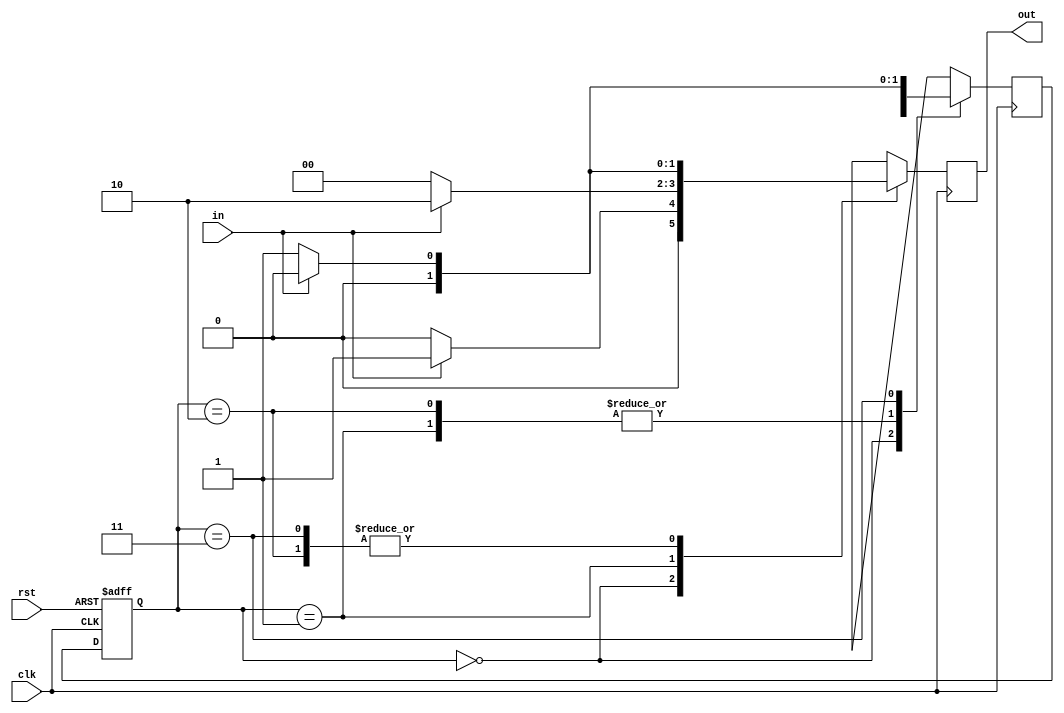
module fsm(
    input in,
    input clk,
    input rst,
    output reg [1:0]out
);

parameter S0 = 0;
parameter S1 = 1;
parameter S2 = 2;
parameter S3 = 3;

reg [1:0] q, q_next;

always@(posedge clk) begin
    case(q)
    S0:
    begin
        if(in)
        begin
            out = 1;
            q_next = S1;
        end
        else
        begin
            out = 0;
            q_next = S0;
        end
    end
    S1:
    begin
        if(in)
        begin
            out = 2;
            q_next = S3;
        end
        else
        begin
            out = 0;
            q_next = S2;
        end
    end
    S2:
    begin
        if(in)
        begin
            out = 0;
            q_next = S3;
        end
        else
        begin
            out = 1;
            q_next = S2;
        end
    end
    S3:
    begin
        if(in)
        begin
            out = 0;
            q_next = S0;
        end
        else
        begin
            out = 1;
            q_next = S1;
        end
    end
    endcase
end

always@(posedge clk or negedge rst) begin
  if(rst == 0)
    q <= S0;
  else
    q <= q_next;
end

endmodule